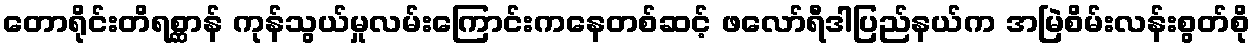
တောရိုင်းတိရစ္ဆာန် ကုန်သွယ်မှုလမ်းကြောင်းကနေတစ်ဆင့် ဖလော်ရီဒါပြည်နယ်က အမြဲစိမ်းလန်းစွတ်စို